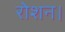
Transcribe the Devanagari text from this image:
रोशन।